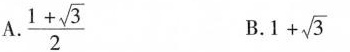
A. $$\frac { 1 + \sqrt{ 3 } }{ 2 }$$B. $$1 + \sqrt { 3 }$$